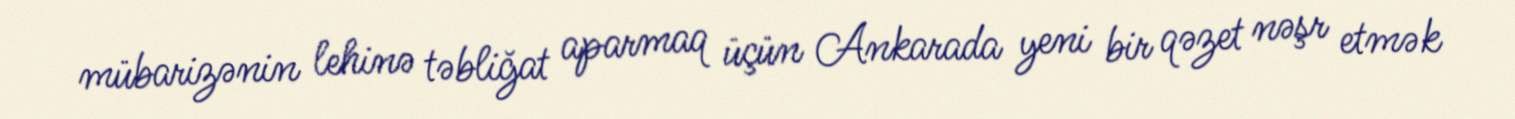
mübarizənin lehinə təbliğat aparmaq üçün Ankarada yeni bir qəzet nəşr etmək